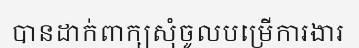
បានដាក់ពាក្យសុំចូលបម្រើការងារ